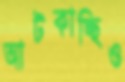
আটকাচ্ছিও